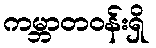
ကမ္ဘာတဝန်းရှိ